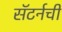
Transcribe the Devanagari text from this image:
सॅटर्नची